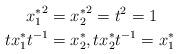
LaTeX: \begin{align*}{x_1^*}^2&={x_2^*}^2=t^2=1\\ tx_1^*t^{-1}&=x_2^*,tx_2^*t^{-1}=x_1^*\end{align*}